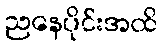
ညနေပိုင်းအထိ